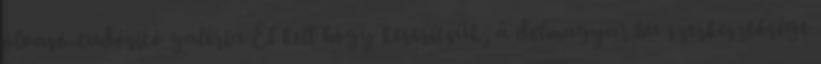
olvasó-tudósító galéria El kell hogy keserítsük, a delmagyar.hu szerkesztősége